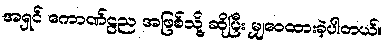
အရှင် ကောဏ်ဠည အဖြစ်သို့ ဆိုပြီး မျှဝေထားခဲ့ပါတယ်။